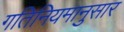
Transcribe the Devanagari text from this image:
गतिनियमानुसार